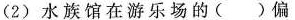
(2)水族馆在游乐场的( )偏